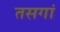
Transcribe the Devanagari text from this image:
तसगां